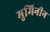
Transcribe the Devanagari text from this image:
मुमिनीन